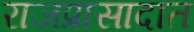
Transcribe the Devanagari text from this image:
राजप्रासादात